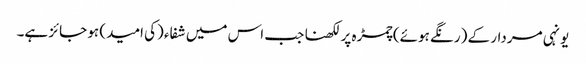
یونہی مردار کے (رنگے ہوئے) چمڑہ پر لکھنا جب اس میں شفاء (کی امید) ہو جائز ہے۔